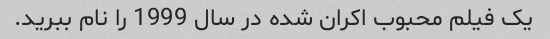
یک فیلم محبوب اکران شده در سال 1999 را نام ببرید.